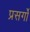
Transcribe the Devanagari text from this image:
प्रसर्गों